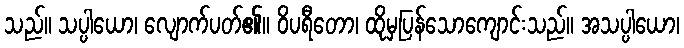
သည်။ သပ္ပါယော၊ လျောက်ပတ်၏။ ဝိပရီတော၊ ထိုမှပြန်သောကျောင်းသည်။ အသပ္ပါယော၊